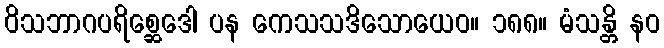
ဝိသဘာဂပရိစ္ဆေဒေါ ပန ကေသသဒိသောယေဝ။ ၁၈၈။ မံသန္တိ နဝ